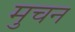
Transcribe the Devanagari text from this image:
मुचन